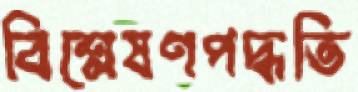
বিশ্লেষণপদ্ধতি